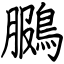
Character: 鵩